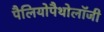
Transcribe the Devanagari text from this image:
पैलियोपैथोलॉजी